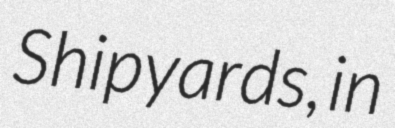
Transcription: Shipyards, in